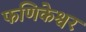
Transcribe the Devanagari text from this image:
फणिकेश्वर